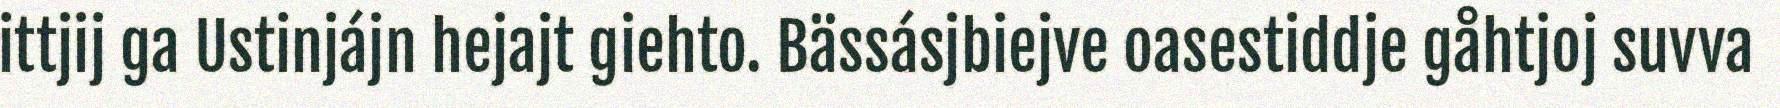
ittjij ga Ustinjájn hejajt giehto. Bässásjbiejve oasestiddje gåhtjoj suvva